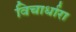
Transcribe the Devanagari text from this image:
विचार्धारा